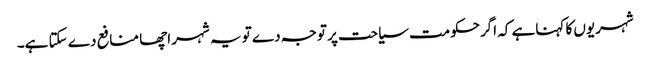
شہریوں کا کہناہے کہ اگرحکومت سیاحت پر توجہ دے تو یہ شہر اچھا منافع دے سکتا ہے۔